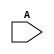
`timescale 1ns / 1ps

module d_rightShift(input [3:0] A);
reg [3:0] temp;
always @(*)
begin
   temp=temp>>1; 
end
assign A=temp;

endmodule